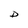
Character: D